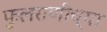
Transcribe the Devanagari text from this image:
फुलराणीच्या